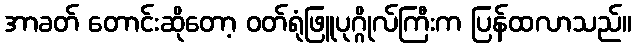
အာခတ် တောင်းဆိုတော့ ဝတ်ရုံဖြူပုဂ္ဂိုလ်ကြီးက ပြန်ထလာသည်။